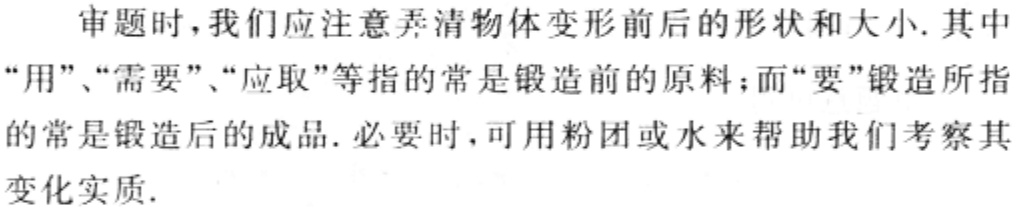
审题时，我们应注意弄清物体变形前后的形状和大小. 其中“用”、“需要”、“应取”等指的常是锻造前的原料；而“要”锻造所指的常是锻造后的成品. 必要时，可用粉团或水来帮助我们考察其变化实质.